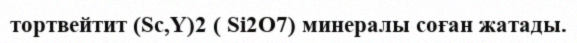
тортвейтит (Sc,Y)2 ( Si2O7) минералы соған жатады.